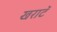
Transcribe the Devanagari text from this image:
खराटॅ